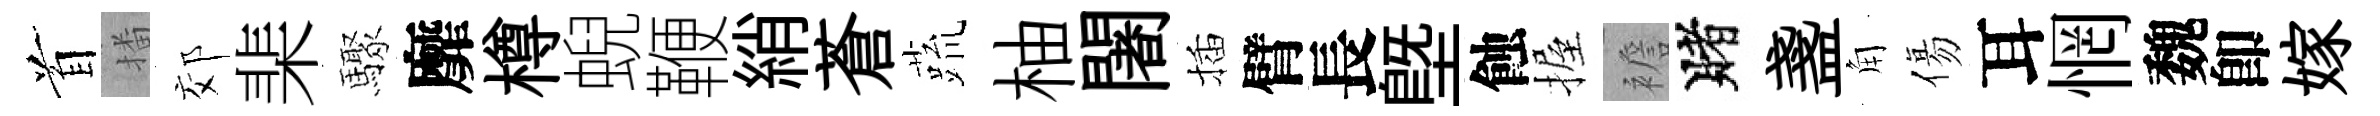
首播郊棐驟靡樽蜺鞭綃蒼蔬柚闍插臂長塈蝕握襜賭盞角傷耳惘魏卽嫁